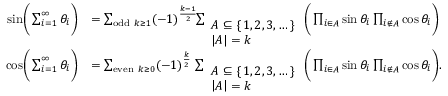
{ \begin{array} { r l } { { \sin } { \biggl ( } \sum _ { i = 1 } ^ { \infty } \theta _ { i } { \biggl ) } } & { = \sum _ { { \mathrm { o d d } } \ k \geq 1 } ( - 1 ) ^ { \frac { k - 1 } { 2 } } \! \! \sum _ { \begin{array} { l } { A \subseteq \{ \, 1 , 2 , 3 , \dots \, \} } \\ { \left| A \right| = k } \end{array} } { \biggl ( } \prod _ { i \in A } \sin \theta _ { i } \prod _ { i \not \in A } \cos \theta _ { i } { \biggr ) } } \\ { { \cos } { \biggl ( } \sum _ { i = 1 } ^ { \infty } \theta _ { i } { \biggr ) } } & { = \sum _ { { \mathrm { e v e n } } \ k \geq 0 } ( - 1 ) ^ { \frac { k } { 2 } } \, \sum _ { \begin{array} { l } { A \subseteq \{ \, 1 , 2 , 3 , \dots \, \} } \\ { \left| A \right| = k } \end{array} } { \biggl ( } \prod _ { i \in A } \sin \theta _ { i } \prod _ { i \not \in A } \cos \theta _ { i } { \biggr ) } . } \end{array} }